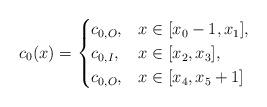
LaTeX: \begin{align*}c_0(x) = \begin{cases}c_{0,O}, & x \in [x_0-1,x_1], \\c_{0,I}, & x \in [x_2,x_3], \\c_{0,O}, & x \in [x_4,x_5+1]\end{cases}\end{align*}